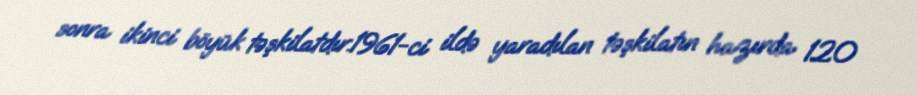
sonra ikinci böyük təşkilatdır.1961-ci ildə yaradılan təşkilatın hazırda 120